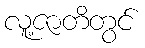
လူ့ဇာတိတွင်